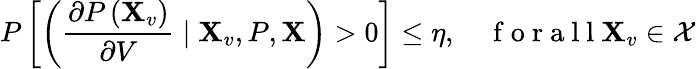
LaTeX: P\left[\left(\frac{\partial P\left(\mathbf{X}_{v}\right)}{\partial V}\mid\mathbf{X}_{v},P,\mathbf{X}\right)>0\right]\leq\eta,\quad\mathrm{~f~o~r~a~l~l~}\mathbf{X}_{v}\in\mathcal{X}